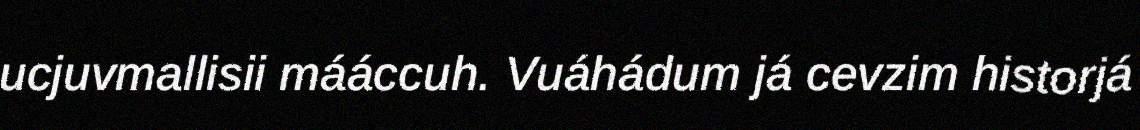
ucjuvmallisii mááccuh. Vuáhádum já cevzim historjá